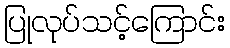
ပြုလုပ်သင့်ကြောင်း